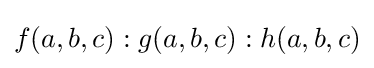
f(a,b,c):g(a,b,c):h(a,b,c)